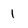
Character: 1